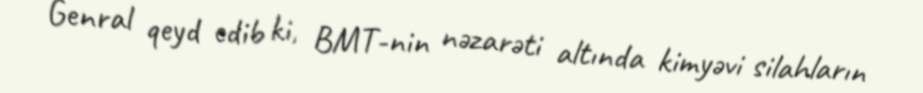
Genral qeyd edib ki, BMT-nin nəzarəti altında kimyəvi silahların